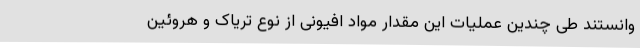
وانستند طی چندین عملیات این مقدار مواد افیونی از نوع تریاک و هروئین